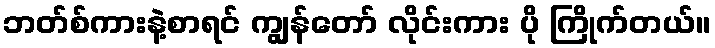
ဘတ်စ်ကားနဲ့စာရင် ကျွန်တော် လိုင်းကား ပို ကြိုက်တယ်။